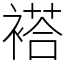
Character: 褡